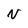
Character: N